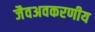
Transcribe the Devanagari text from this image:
जैवअवकरणीय